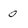
Character: 0